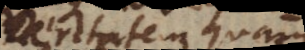
veritatem quam